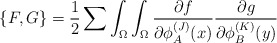
\begin{align*}\{ F,G \} ={1\over 2}\sum \int_{\Omega}\int_{\Omega}{{\partial f} \over{\partial\phi_A^{(J)}(x)}} {{\partial g} \over{\partial\phi_B^{(K)}(y)}}\end{align*}